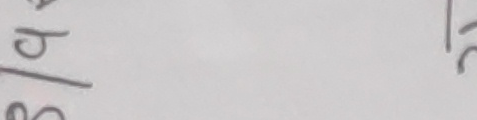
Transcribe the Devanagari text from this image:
s/b
हे